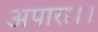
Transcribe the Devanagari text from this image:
अपारा।।